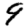
Digit: 9